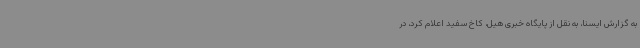
به گزارش ایسنا، به نقل از پایگاه خبری هیل، کاخ سفید اعلام کرد، در